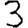
Digit: 3